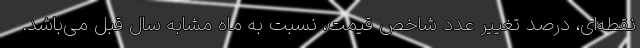
نقطه‌ای، درصد تغییر عدد شاخص قیمت، نسبت به ماه مشابه سال قبل می‌باشد.